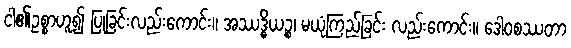
ငါ၏ဥစ္စာဟူ၍ ပြုခြင်းလည်းကောင်း။ အဿဒ္ဓိယဉ္စ၊ မယုံကြည်ခြင်း လည်းကောင်း။ ဒေါဝစဿတာ